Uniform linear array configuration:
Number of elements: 64
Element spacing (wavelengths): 1
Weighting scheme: binomial
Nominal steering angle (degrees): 30
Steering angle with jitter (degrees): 29.211
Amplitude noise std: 0.05
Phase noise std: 0.05

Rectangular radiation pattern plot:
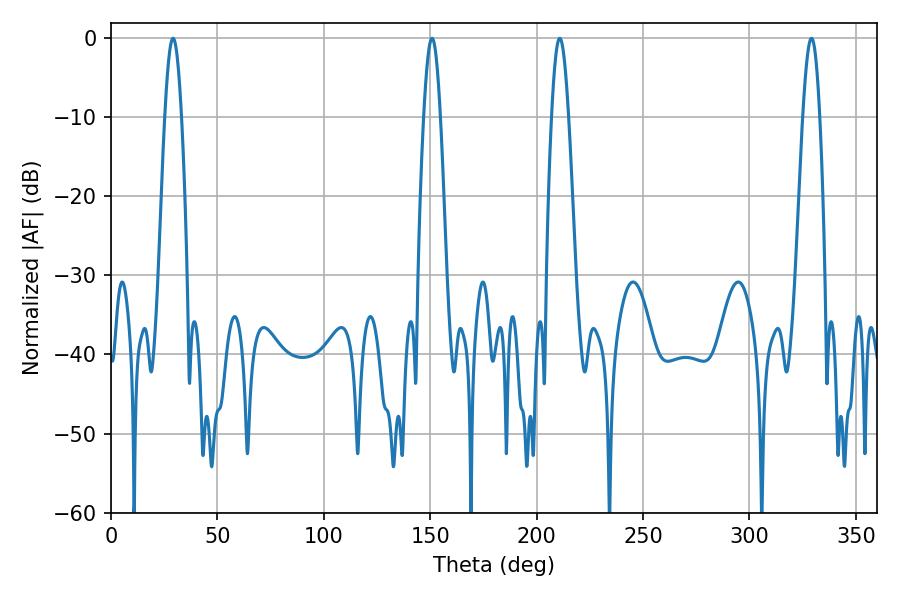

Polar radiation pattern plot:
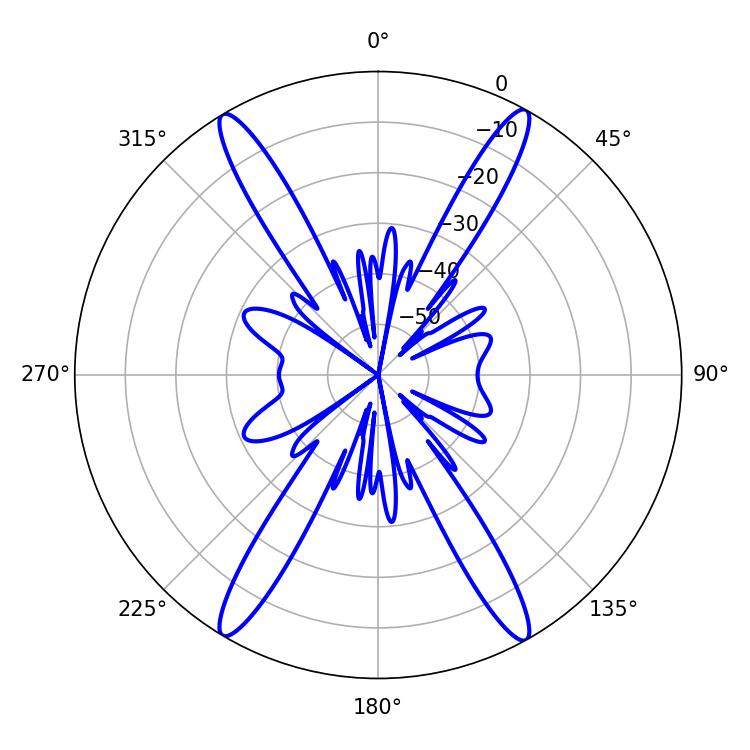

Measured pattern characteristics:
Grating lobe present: TRUE
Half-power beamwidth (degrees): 4.32
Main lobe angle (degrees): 29.16